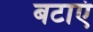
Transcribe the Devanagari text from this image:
बटाएं